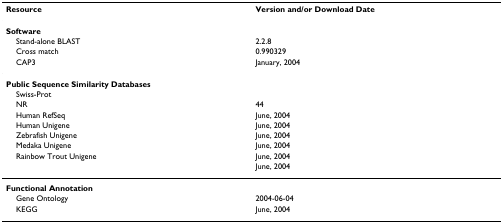
<table><thead><tr><td><b>Resource</b></td><td><b>Version and/or Download Date</b></td></tr></thead><tbody><tr><td><b>Software</b></td><td></td></tr><tr><td> Stand-alone BLAST</td><td>2.2.8</td></tr><tr><td> Cross match</td><td>0.990329</td></tr><tr><td> CAP3</td><td>January, 2004</td></tr><tr><td><b>Public Sequence Similarity Databases</b></td><td></td></tr><tr><td> Swiss-Prot</td><td></td></tr><tr><td> NR</td><td>44</td></tr><tr><td> Human RefSeq</td><td>June, 2004</td></tr><tr><td> Human Unigene</td><td>June, 2004</td></tr><tr><td> Zebrafish Unigene</td><td>June, 2004</td></tr><tr><td> Medaka Unigene</td><td>June, 2004</td></tr><tr><td> Rainbow Trout Unigene</td><td>June, 2004</td></tr><tr><td></td><td>June, 2004</td></tr><tr><td><b>Functional Annotation</b></td><td></td></tr><tr><td> Gene Ontology</td><td>2004-06-04</td></tr><tr><td> KEGG</td><td>June, 2004</td></tr></tbody></table>